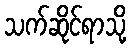
သက်ဆိုင်ရာသို့